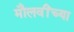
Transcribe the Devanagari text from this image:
मौलवींच्या